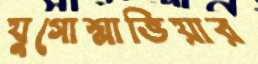
যুগোশ্লাভিয়ার